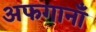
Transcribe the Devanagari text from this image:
अफगानाँं